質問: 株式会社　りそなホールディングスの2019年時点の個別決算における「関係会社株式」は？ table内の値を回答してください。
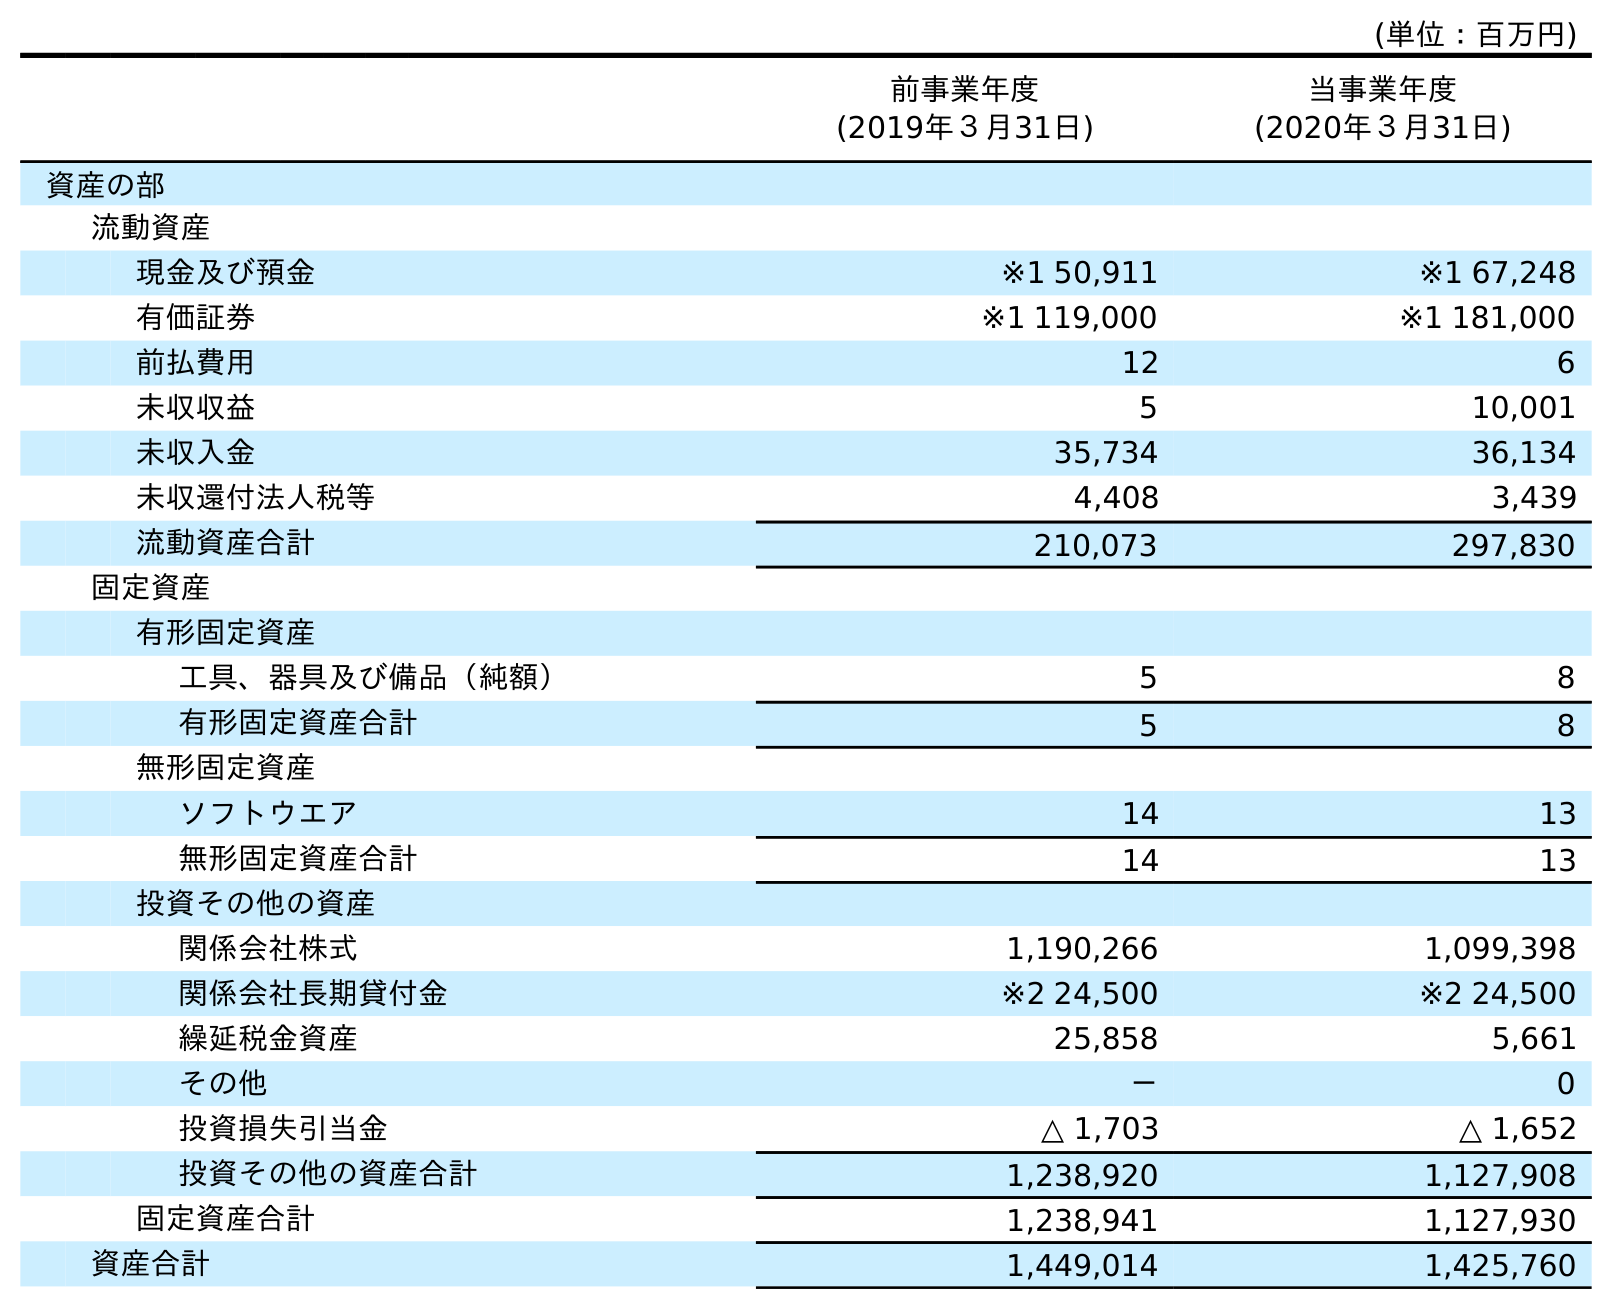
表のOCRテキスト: (単位：百万円) 前事業年度 (2019年３月31日) 当事業年度 (2020年３月31日) 資産の部 流動資産 現金及び預金 ※1 50,911 ※1 67,248 有価証券 ※1 119,000 ※1 181,000 前払費用 12 6 未収収益 5 10,001 未収入金 35,734 36,134 未収還付法人税等 4,408 3,439 流動資産合計 210,073 297,830 固定資産 有形固定資産 工具、器具及び備品（純額） 5 8 有形固定資産合計 5 8 無形固定資産 ソフトウエア 14 13 無形固定資産合計 14 13 投資その他の資産 関係会社株式 1,190,266 1,099,398 関係会社長期貸付金 ※2 24,500 ※2 24,500 繰延税金資産 25,858 5,661 その他 － 0 投資損失引当金 △ 1,703 △ 1,652 投資その他の資産合計 1,238,920 1,127,908 固定資産合計 1,238,941 1,127,930 資産合計 1,449,014 1,425,760
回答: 1,190,266